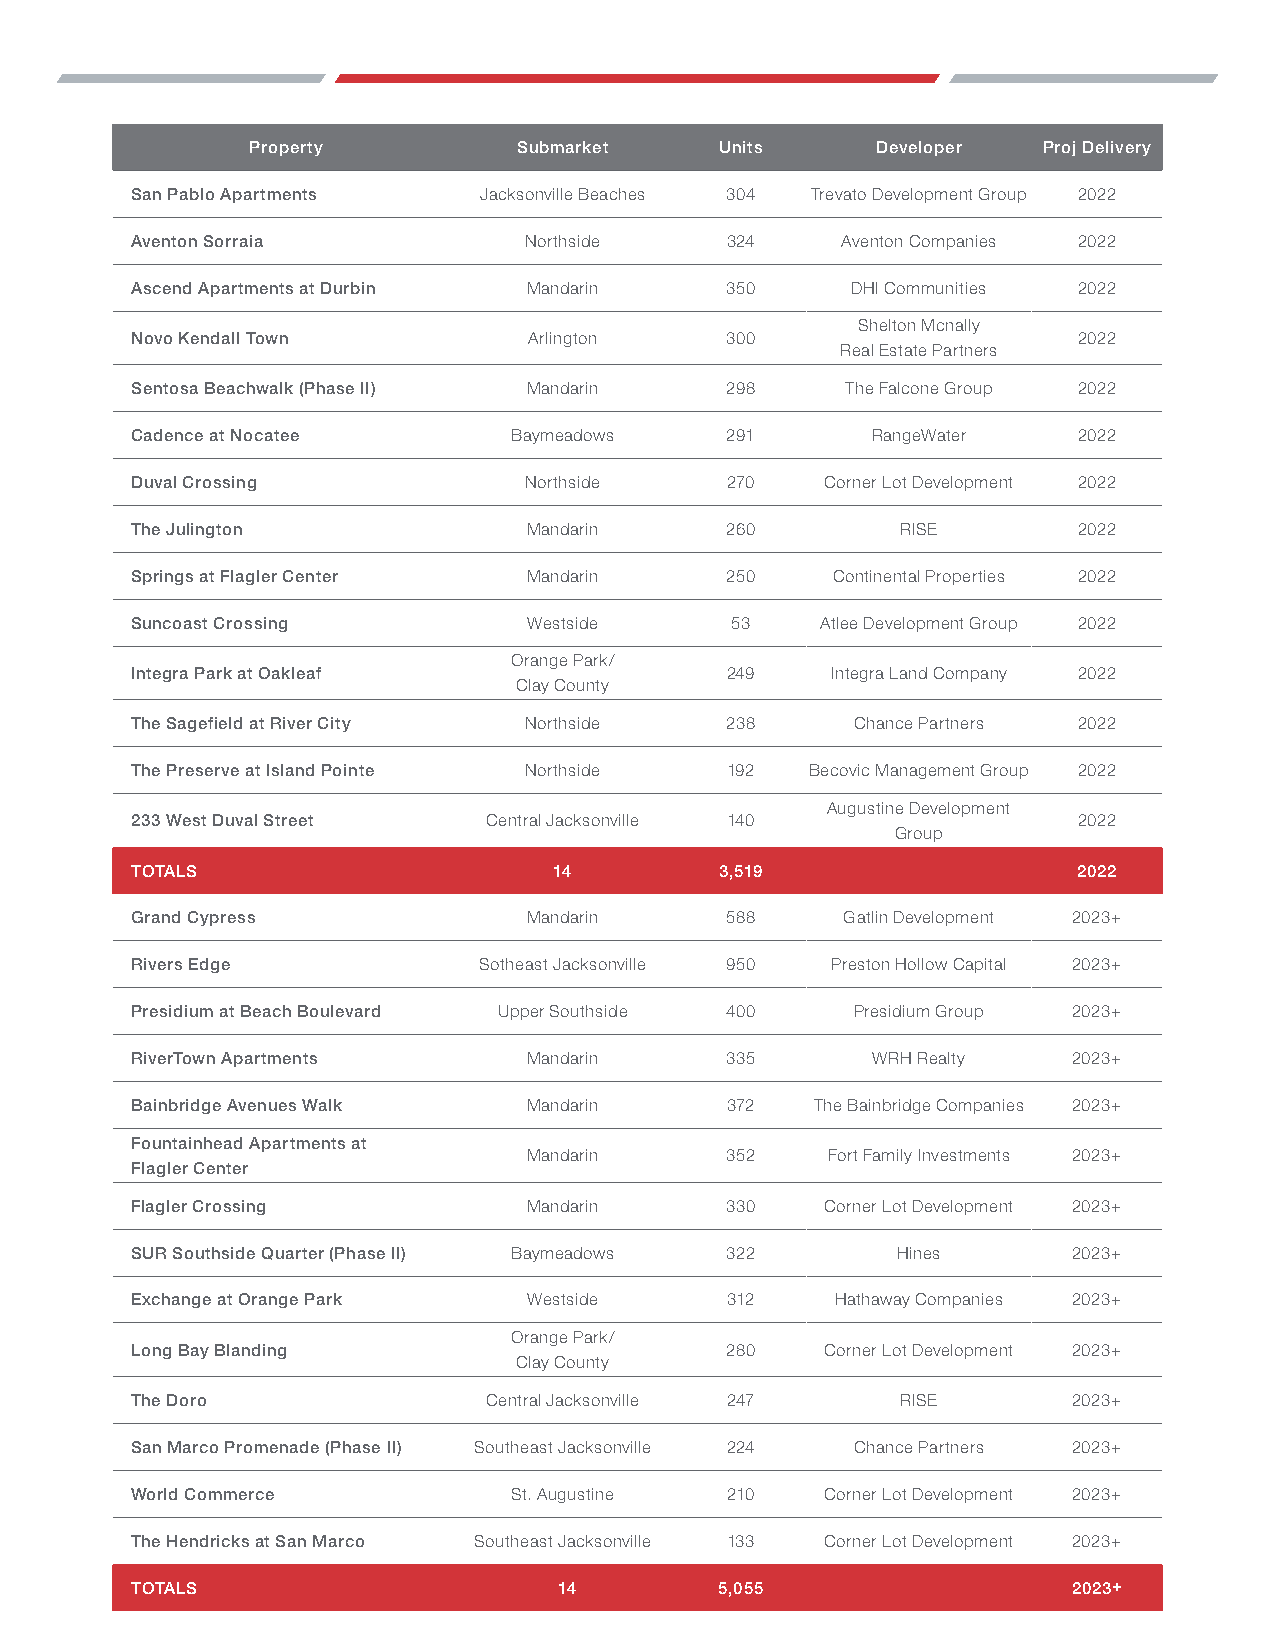
Property          Submarket     Units     Developer  Proj Delivery
 San Pablo Apartments   Jacksonville Beaches 304 Trevato Development Group 2022
 Aventon Sorraia           Northside    324     Aventon Companies 2022
 Ascend Apartments at Durbin Mandarin   350     DHI Communities 2022
 Shelton Mcnally
 Novo Kendall Town         Arlington    300                    2022
 Real Estate Partners
 Sentosa Beachwalk (Phase II) Mandarin  298     The Falcone Group 2022
 Cadence at Nocatee       Baymeadows    291       RangeWater   2022
 Duval Crossing            Northside    270    Corner Lot Development 2022
 The Julington             Mandarin     260         RISE       2022
 Springs at Flagler Center Mandarin     250    Continental Properties 2022
 Suncoast Crossing         Westside     53    Atlee Development Group 2022
 Orange Park/
 Integra Park at Oakleaf                249    Integra Land Company 2022
 Clay County
 The Sagefield at River City Northside  238      Chance Partners 2022
 The Preserve at Island Pointe Northside 192  Becovic Management Group 2022
 Augustine Development
 233 West Duval Street  Central Jacksonville 140               2022
 Group
 TOTALS                      14         3,519                  2022
 Grand Cypress             Mandarin     588     Gatlin Development 2023+
 Rivers Edge            Sotheast Jacksonville 950 Preston Hollow Capital 2023+
 Presidium at Beach Boulevard Upper Southside 400 Presidium Group 2023+
 RiverTown Apartments      Mandarin     335       WRH Realty   2023+
 Bainbridge Avenues Walk   Mandarin     372   The Bainbridge Companies 2023+
 Fountainhead Apartments at
 Mandarin     352    Fort Family Investments 2023+
 Flagler Center
 Flagler Crossing          Mandarin     330    Corner Lot Development 2023+
 SUR Southside Quarter (Phase II) Baymeadows 322   Hines       2023+
 Exchange at Orange Park   Westside     312    Hathaway Companies 2023+
 Orange Park/
 Long Bay Blanding                      280    Corner Lot Development 2023+
 Clay County
 The Doro               Central Jacksonville 247    RISE       2023+
 San Marco Promenade (Phase II) Southeast Jacksonville 224 Chance Partners 2023+
 World Commerce           St. Augustine 210    Corner Lot Development 2023+
 The Hendricks at San Marco Southeast Jacksonville 133 Corner Lot Development 2023+
 TOTALS                      14         5,055                  2023+
 6675 Corporate Center Parkway, Suite 100 | Jacksonville, FL 32216 | +1 904 363 9002 | naihallmark.com